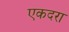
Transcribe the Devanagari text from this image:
एकदरा